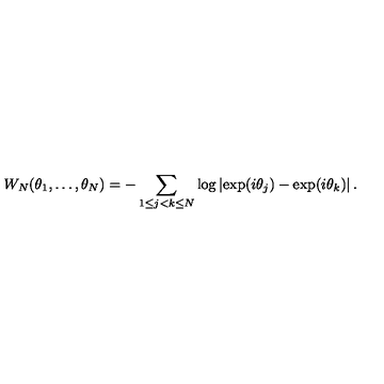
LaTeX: W _ { N } ( \theta _ { 1 } , \ldots , \theta _ { N } ) = - \sum _ { 1 \leq j < k \leq N } \log \left\vert \exp ( i \theta _ { j } ) - \exp ( i \theta _ { k } ) \right\vert .